画像に写った文字を読んでください
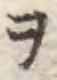
「ヲ」と書いてあります